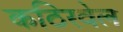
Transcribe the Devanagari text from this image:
कठिरवेल